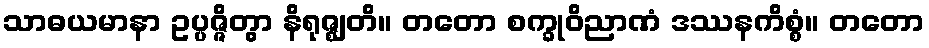
သာဓယမာနာ ဥပ္ပဇ္ဇိတွာ နိရုဇ္ဈတိ။ တတော စက္ခုဝိညာဏံ ဒဿနကိစ္စံ။ တတော